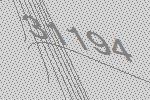
31194